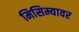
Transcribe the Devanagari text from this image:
मिसिम्यावर